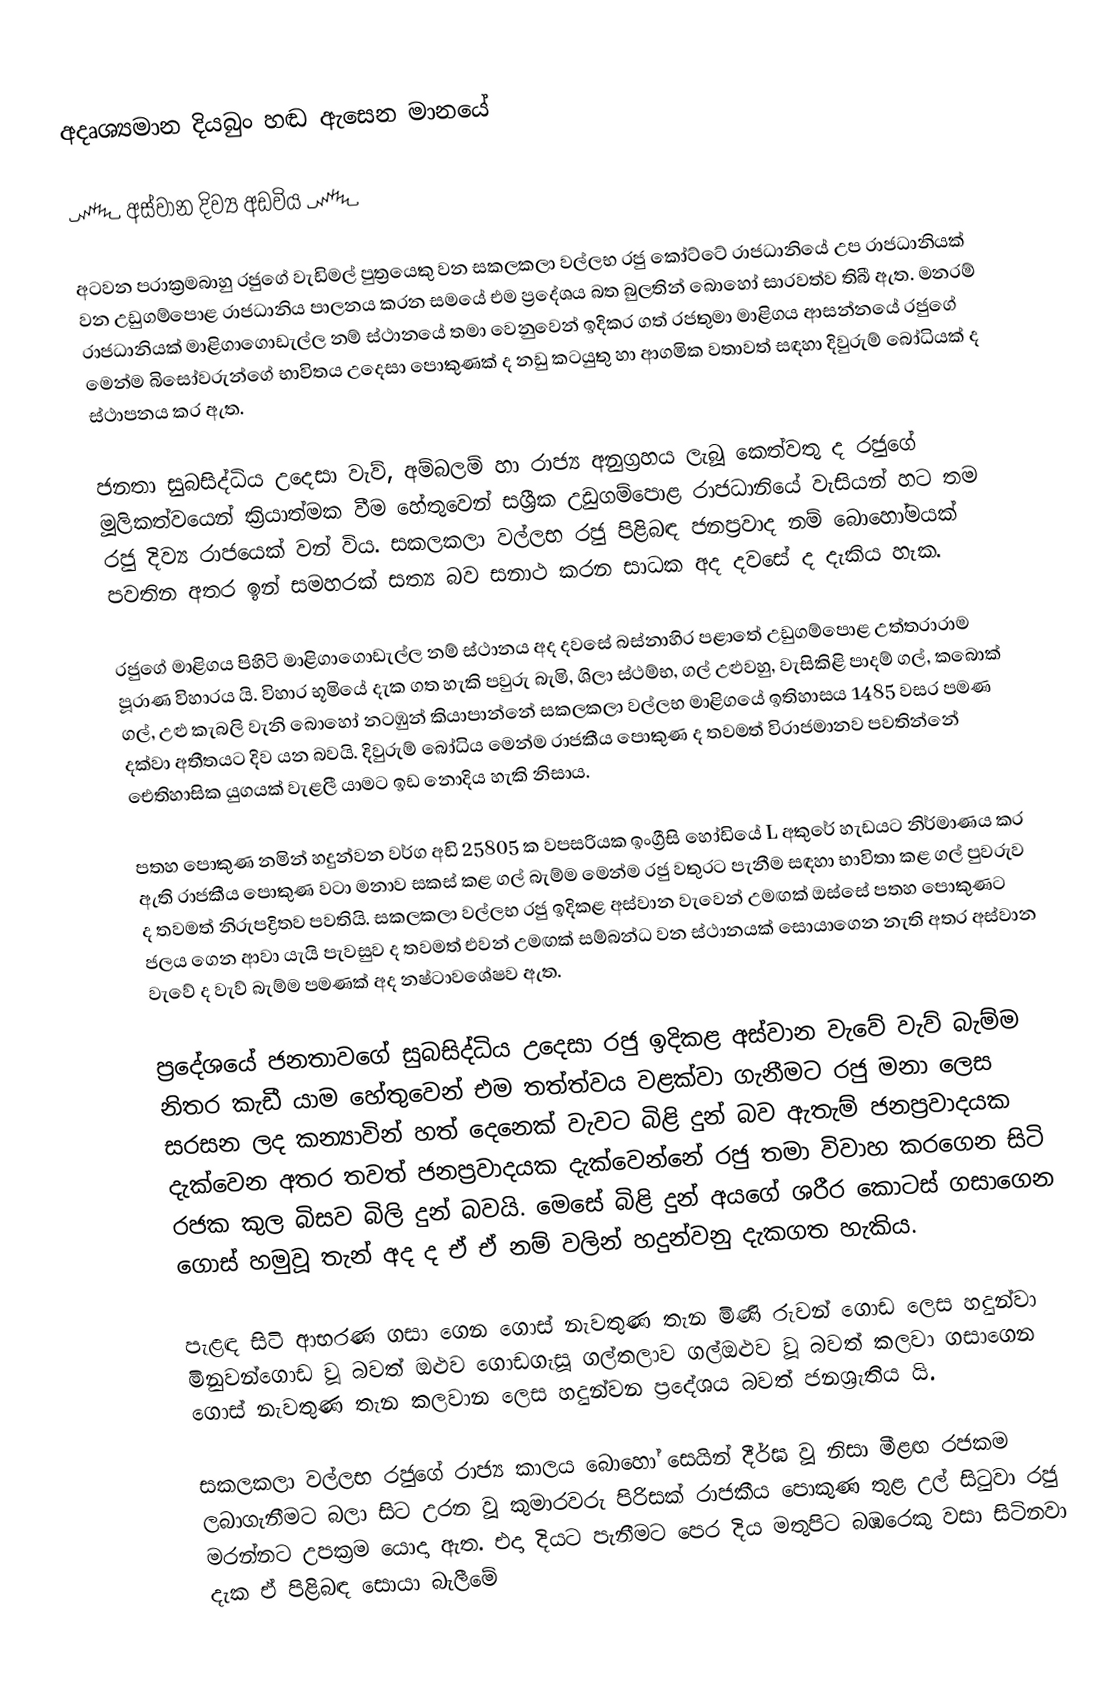
අදෘශ්‍යමාන දියබුං හඬ ඇසෙන මානයේ

       ෴ අස්වාන දිව්‍ය අඩවිය ෴

   අටවන පරාක්‍රමබාහු රජුගේ වැඩිමල් පුත්‍රයෙකු වන සකලකලා වල්ලභ රජු කෝට්ටේ රාජධානියේ උප රාජධානියක් වන උඩුගම්පොළ රාජධානිය පාලනය කරන සමයේ එම ප්‍රදේශය බත බුලතින් බොහෝ සාරවත්ව තිබී ඇත. මනරම් රාජධානියක් මාළිගාගොඩැල්ල නම් ස්ථානයේ තමා වෙනුවෙන් ඉදිකර ගත් රජතුමා මාළිගය ආසන්නයේ රජුගේ මෙන්ම බිසෝවරුන්ගේ භාවිතය උදෙසා පොකුණක් ද නඩු කටයුතු හා ආගමික වතාවත් සඳහා දිවුරුම් බෝධියක් ද ස්ථාපනය කර ඇත.

   ජනතා සුබසිද්ධිය උදෙසා වැව්, අම්බලම් හා රාජ්‍ය අනුග්‍රහය ලැබූ කෙත්වතු ද රජුගේ මූලිකත්වයෙන් ක්‍රියාත්මක වීම හේතුවෙන් සශ්‍රීක උඩුගම්පොළ රාජධානියේ වැසියන් හට තම රජු දිව්‍ය රාජයෙක් වන් විය. සකලකලා වල්ලභ රජු පිළිබඳ ජනප්‍රවාද නම් බොහෝමයක් පවතින අතර ඉන් සමහරක් සත්‍ය බව සනාථ කරන සාධක අද දවසේ ද දැකිය හැක.

   රජුගේ මාළිගය පිහිටි මාළිගාගොඩැල්ල නම් ස්ථානය අද දවසේ බස්නාහිර පළාතේ උඩුගම්පොළ උත්තරාරාම පූරාණ විහාරය යි. විහාර භූමියේ දැක ගත හැකි පවුරු බැමි, ශිලා ස්ථම්භ, ගල් උළුවහු, වැසිකිළි පාදම් ගල්, කබොක් ගල්, උළු කැබලි වැනි බොහෝ නටඹුන් කියාපාන්නේ සකලකලා වල්ලභ මාළිගයේ ඉතිහාසය 1485 වසර පමණ දක්වා අතීතයට දිව යන බවයි. දිවුරුම් බෝධිය මෙන්ම රාජකීය පොකුණ ද තවමත් විරාජමානව පවතින්නේ ඓතිහාසික යුගයක් වැළලී යාමට ඉඩ නොදිය හැකි නිසාය.

   පතහ පොකුණ නමින් හදුන්වන වර්ග අඩි 25805 ක වපසරියක ඉංග්‍රීසි හෝඩියේ L අකුරේ හැඩයට නිර්මාණය කර ඇති රාජකීය පොකුණ වටා මනාව සකස් කළ ගල් බැම්ම මෙන්ම රජු වතුරට පැනීම සඳහා භාවිතා කළ ගල් පුවරුව ද තවමත් නිරුපද්‍රිතව පවතියි. සකලකලා වල්ලභ රජු ඉදිකළ අස්වාන වැවෙන් උමඟක් ඔස්සේ පතහ පොකුණට ජලය ගෙන ආවා යැයි පැවසුව ද තවමත් එවන් උමඟක් සම්බන්ධ වන ස්ථානයක් සොයාගෙන නැති අතර අස්වාන වැවේ ද වැව් බැම්ම පමණක් අද නෂ්ටාවශේෂව ඇත.

   ප්‍රදේශයේ ජනතාවගේ සුබසිද්ධිය උදෙසා රජු ඉදිකළ අස්වාන වැවේ වැව් බැම්ම නිතර කැඩී යාම හේතුවෙන් එම තත්ත්වය වළක්වා ගැනීමට රජු මනා ලෙස සරසන ලද කන්‍යාවින් හත් දෙනෙක් වැවට බිළි දුන් බව ඇතැම් ජනප්‍රවාදයක දැක්වෙන අතර තවත් ජනප්‍රවාදයක දැක්වෙන්නේ රජු තමා විවාහ කරගෙන සිටි රජක කුල බිසව බිලි දුන් බවයි. මෙසේ බිළි දුන් අයගේ ශරීර කොටස් ගසාගෙන ගොස් හමුවූ තැන් අද ද ඒ ඒ නම් වලින් හදුන්වනු දැකගත හැකිය.

   පැළඳ සිටි ආභරණ ගසා ගෙන ගොස් නැවතුණ තැන මිණි රුවන් ගොඩ ලෙස හදුන්වා මිනුවන්ගොඩ වූ බවත් ඔළුව ගොඩගැසූ ගල්තලාව ගල්ඔළුව වූ බවත් කලවා ගසාගෙන ගොස් නැවතුණ තැන කලවාන ලෙස හදුන්වන ප්‍රදේශය බවත් ජනශ්‍රැතිය යි.

   සකලකලා වල්ලභ රජුගේ රාජ්‍ය කාලය බොහෝ සෙයින් දීර්ඝ වූ නිසා මීළඟ රජකම ලබාගැනීමට බලා සිට උරන වූ කුමාරවරු පිරිසක් රාජකීය පොකුණ තුළ උල් සිටුවා රජු මරන්නට උපක්‍රම යොදා ඇත. එදා දියට පැනීමට පෙර දිය මතුපිට බඹරෙකු වසා සිටිනවා දැක ඒ පිළිබඳ සොයා බැලීමේ